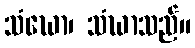
သံဃော၊ သံဃာသည်။